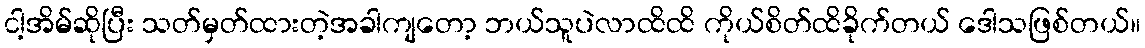
ငါ့အိမ်ဆိုပြီး သတ်မှတ်ထားတဲ့အခါကျတော့ ဘယ်သူပဲလာထိထိ ကိုယ်စိတ်ထိခိုက်တယ် ဒေါသဖြစ်တယ်။